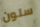
سلون